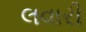
લવારી